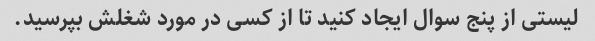
لیستی از پنج سوال ایجاد کنید تا از کسی در مورد شغلش بپرسید.